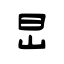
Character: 旵